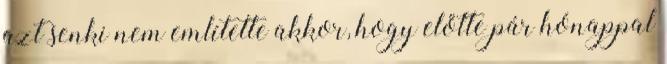
azt senki nem említette akkor, hogy előtte pár hónappal